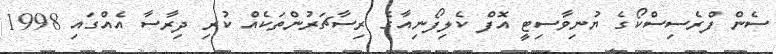
ސެން ފްރެސިސްކޯގެ ޔުނިވާސިޓީ އޮފް ކެލިފޯނިއާގެ ރިސާޗަރުންތަކެއް ކުރި ދިރާސާ އެއްގައި 1998